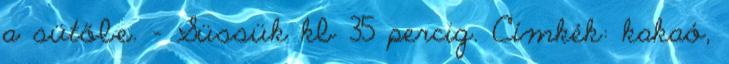
a sütőbe. - Süssük kb 35 percig. Címkék: kakaó,